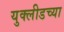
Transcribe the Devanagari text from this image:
युक्लीडच्या